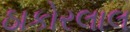
ઠાકોરલાલ